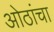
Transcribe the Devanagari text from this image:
ओठांचा